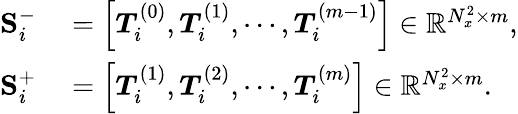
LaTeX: \begin{array}{rl}{\mathbf{S}_{i}^{-}}&{{}=\left[\boldsymbol{T}_{i}^{(0)},\boldsymbol{T}_{i}^{(1)},\cdots,\boldsymbol{T}_{i}^{(m-1)}\right]\in\mathbb{R}^{N_{x}^{2}\times m},}\\ {\mathbf{S}_{i}^{+}}&{{}=\left[\boldsymbol{T}_{i}^{(1)},\boldsymbol{T}_{i}^{(2)},\cdots,\boldsymbol{T}_{i}^{(m)}\right]\in\mathbb{R}^{N_{x}^{2}\times m}.}\end{array}